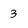
Character: 3